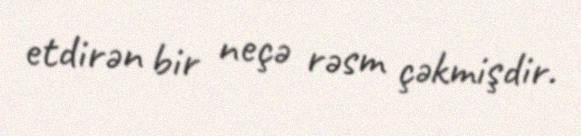
etdirən bir neçə rəsm çəkmişdir.